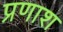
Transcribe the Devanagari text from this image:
प्रणाश